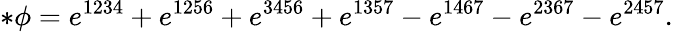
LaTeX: *\phi=e^{1234}+e^{1256}+e^{3456}+e^{1357}-e^{1467}-e^{2367}-e^{2457}.